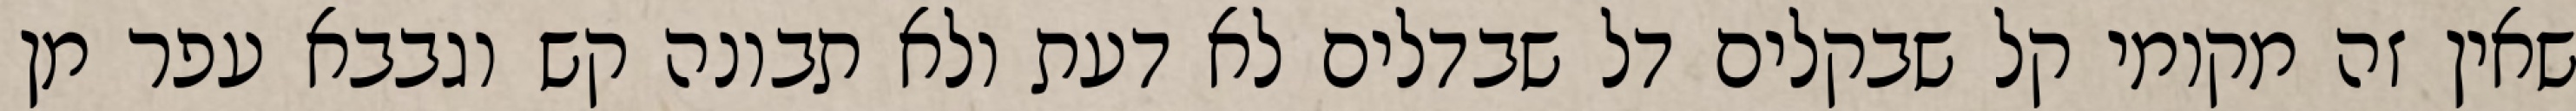
שאין זה מקומי קל שבקלים דל שבדלים לא דעת ולא תבונה קש וגבבא עפר מן